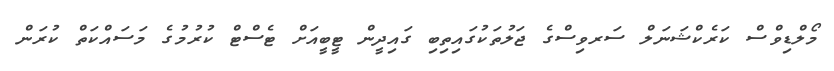
މޯލްޑިވްސް ކަރެކްޝަނަލް ސަރވިސްގެ ޖަލުތަކުގައިތިބި ގައިދީން ޓީބީއަށް ޓެސްޓް ކުރުމުގެ މަސައްކަތް ކުރަން